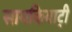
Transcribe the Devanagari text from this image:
सायकियाट्री